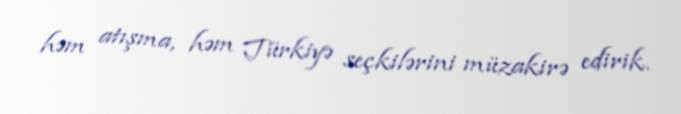
həm atışma, həm Türkiyə seçkilərini müzakirə edirik.